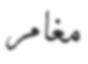
مغامر